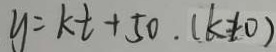
y = k t + 5 0 . ( k \neq 0 )